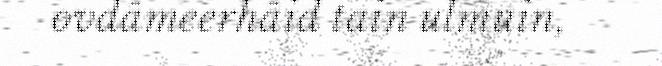
ovdâmeerhâid tain ulmuin,